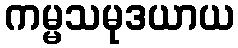
ကမ္မသမုဒယာယ